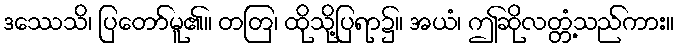
ဒဿေသိ၊ ပြတော်မူ၏။ တတြ၊ ထိုသို့ပြရာ၌။ အယံ၊ ဤဆိုလတ္တံ့သည်ကား။